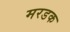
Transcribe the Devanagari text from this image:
मरडक